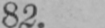
82.